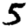
Digit: 5